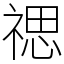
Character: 禗